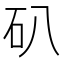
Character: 𥐙